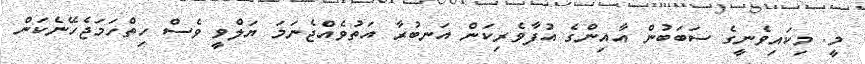
މީ. މިކައިވެނީގެ ސަބަބުން އާއިންގެ އުފާވެރިކަން އަނބުރާ އަތުވެއްޖެނަމަ ޔަލްވީ ވެސް ހިތްހަމަޖެހޭނެކަން